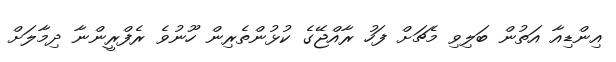
އިންޑިއާ އަތުން ބަލިވި މެޗަށް ފަހު ރާއްޖޭގެ ކުޅުންތެރިން ހޫނުވެ ރެފްރީންނާ ދިމާލަށް